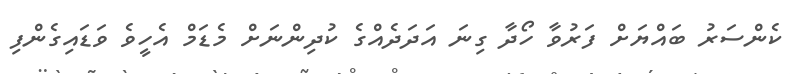
ކެންސަރު ބައްޔަށް ފަރުވާ ހޯދާ ގިނަ އަދަދެއްގެ ކުދިންނަށް މެޑަމް އެހީވެ ވަޑައިގެންފި